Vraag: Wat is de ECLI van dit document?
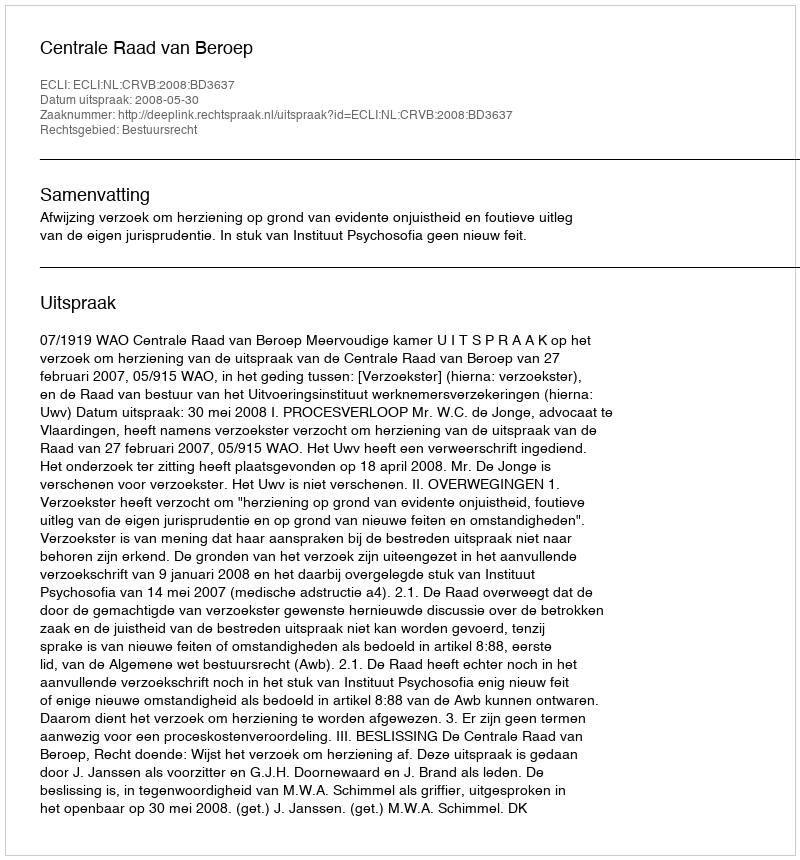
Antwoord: ECLI:NL:CRVB:2008:BD3637